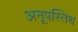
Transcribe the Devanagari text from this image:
अनूपस्तिथ